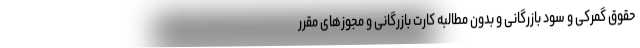
حقوق گمرکی و سود بازرگانی و بدون مطالبه کارت بازرگانی و مجوزهای مقرر